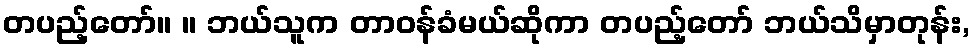
တပည့်တော်။ ။ ဘယ်သူက တာဝန်ခံမယ်ဆိုကာ တပည့်တော် ဘယ်သိမှာတုန်း,